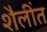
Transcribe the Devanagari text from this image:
शैलींत